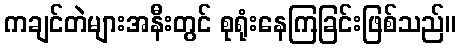
ကချင်တဲများအနီးတွင် စုရုံးနေကြခြင်းဖြစ်သည်။